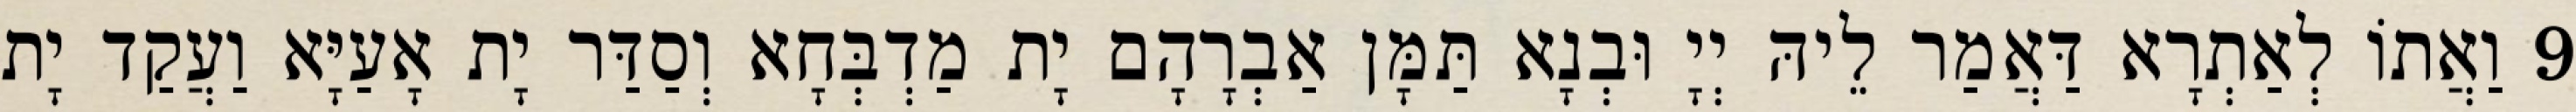
9 וַאֲתוֹ לְאַתְרָא דַּאֲמַר לֵיהּ יְיָ וּבְנָא תַּמָּן אַבְרָהָם יָת מַדְבְּחָא וְסַדַּר יָת אָעַיָּא וַעֲקַד יָת